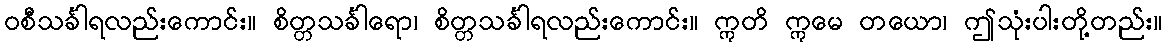
ဝစီသင်္ခါရလည်းကောင်း။ စိတ္တသင်္ခါရော၊ စိတ္တသင်္ခါရလည်းကောင်း။ ဣတိ ဣမေ တယော၊ ဤသုံးပါးတို့တည်း။